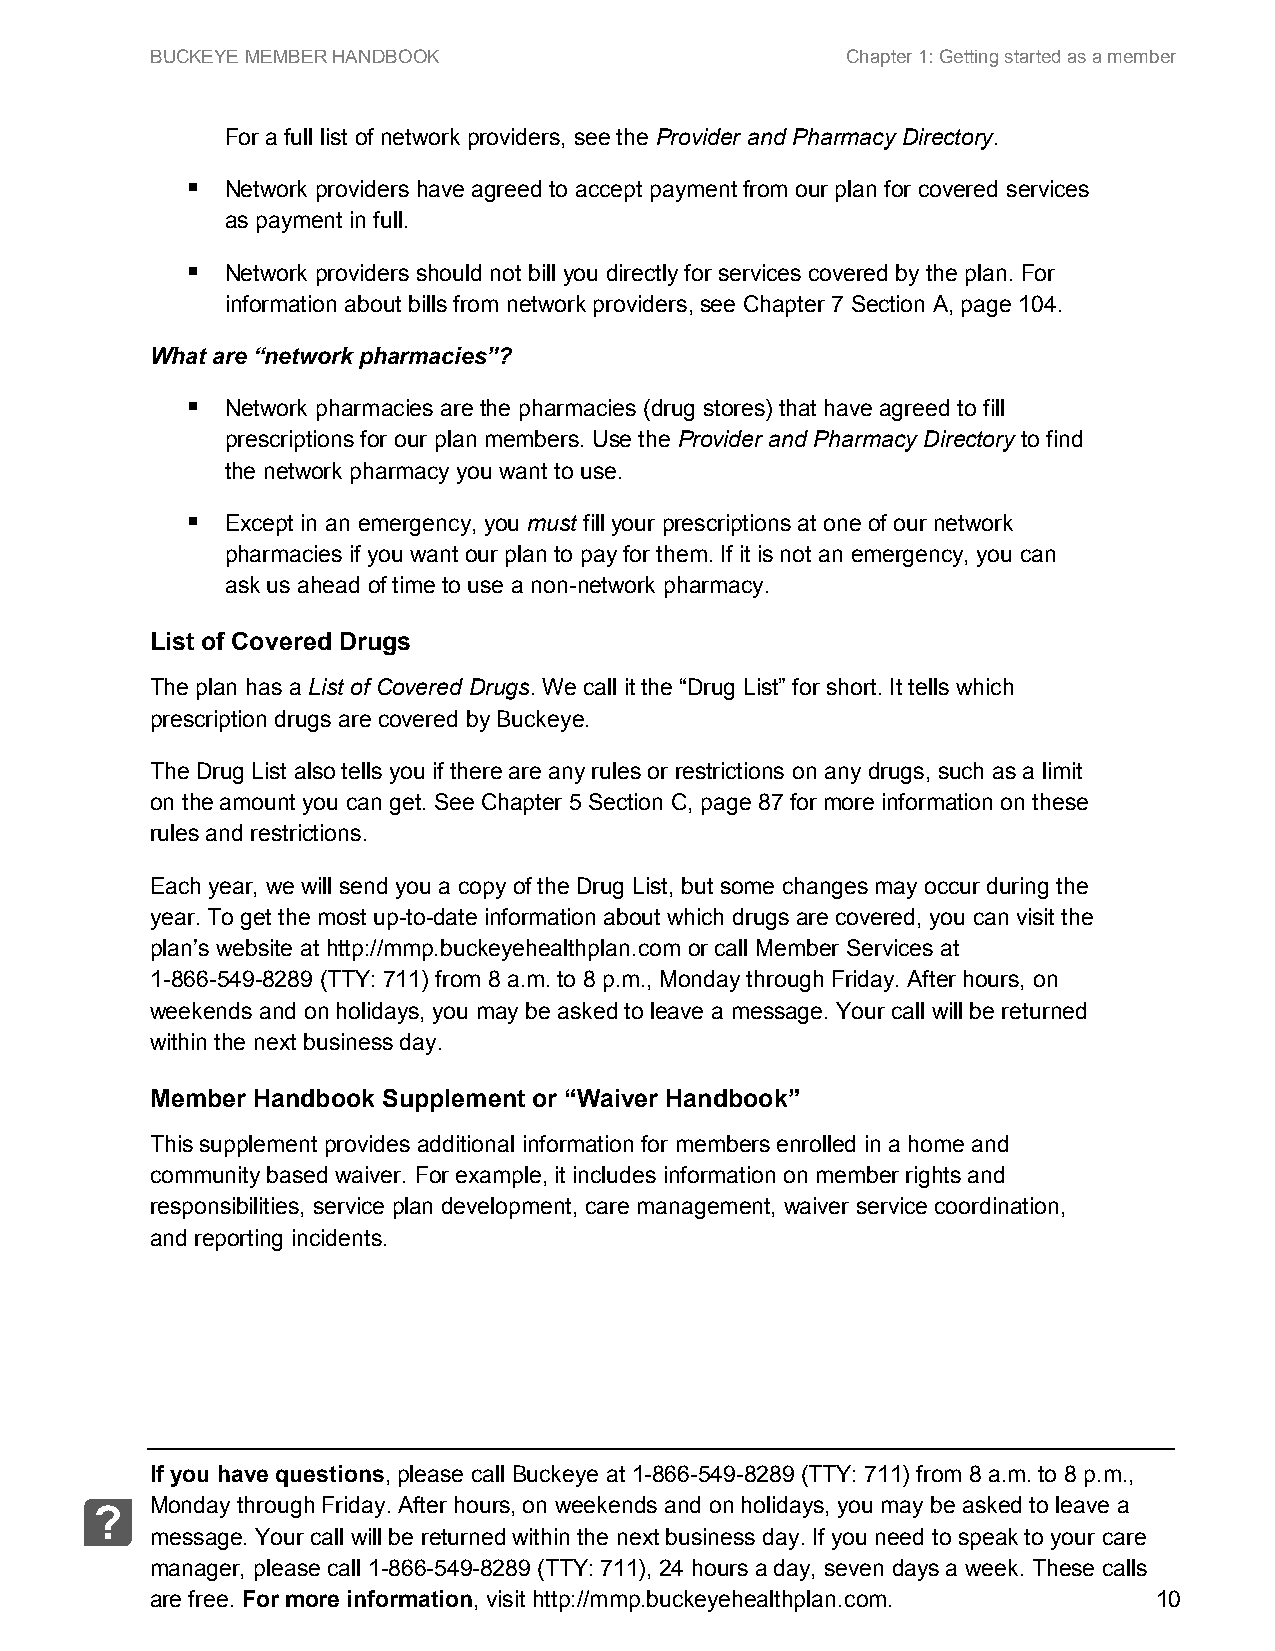
BUCKEYE MEMBER HANDBOOK                       Chapter 1: Getting started as a member
 For a full list of network providers, see the Provider and Pharmacy Directory.
   Network providers have agreed to accept payment from our plan for covered services
 as payment in full.
   Network providers should not bill you directly for services covered by the plan. For
 information about bills from network providers, see Chapter 7 Section A, page 104.
 What are “network pharmacies”?
   Network pharmacies are the pharmacies (drug stores) that have agreed to fill
 prescriptions for our plan members. Use the Provider and Pharmacy Directory to find
 the network pharmacy you want to use.
   Except in an emergency, you must fill your prescriptions at one of our network
 pharmacies if you want our plan to pay for them. If it is not an emergency, you can
 ask us ahead of time to use a non-network pharmacy.
 List of Covered Drugs
 The plan has a List of Covered Drugs. We call it the “Drug List” for short. It tells which
 prescription drugs are covered by Buckeye.
 The Drug List also tells you if there are any rules or restrictions on any drugs, such as a limit
 on the amount you can get. See Chapter 5 Section C, page 87 for more information on these
 rules and restrictions.
 Each year, we will send you a copy of the Drug List, but some changes may occur during the
 year. To get the most up-to-date information about which drugs are covered, you can visit the
 plan’s website at http://mmp.buckeyehealthplan.com or call Member Services at
 1-866-549-8289 (TTY: 711) from 8 a.m. to 8 p.m., Monday through Friday. After hours, on
 weekends and on holidays, you may be asked to leave a message. Your call will be returned
 within the next business day.
 Member Handbook Supplement or “Waiver Handbook”
 This supplement provides additional information for members enrolled in a home and
 community based waiver. For example, it includes information on member rights and
 responsibilities, service plan development, care management, waiver service coordination,
 and reporting incidents.
 If you have questions, please call Buckeye at 1-866-549-8289 (TTY: 711) from 8 a.m. to 8 p.m.,
 Monday through Friday. After hours, on weekends and on holidays, you may be asked to leave a
 ?
 message. Your call will be returned within the next business day. If you need to speak to your care
 manager, please call 1-866-549-8289 (TTY: 711), 24 hours a day, seven days a week. These calls
 are free. For more information, visit http://mmp.buckeyehealthplan.com. 10